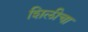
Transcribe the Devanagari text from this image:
शिलीचा